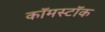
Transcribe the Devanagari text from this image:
कॉमस्टॉक